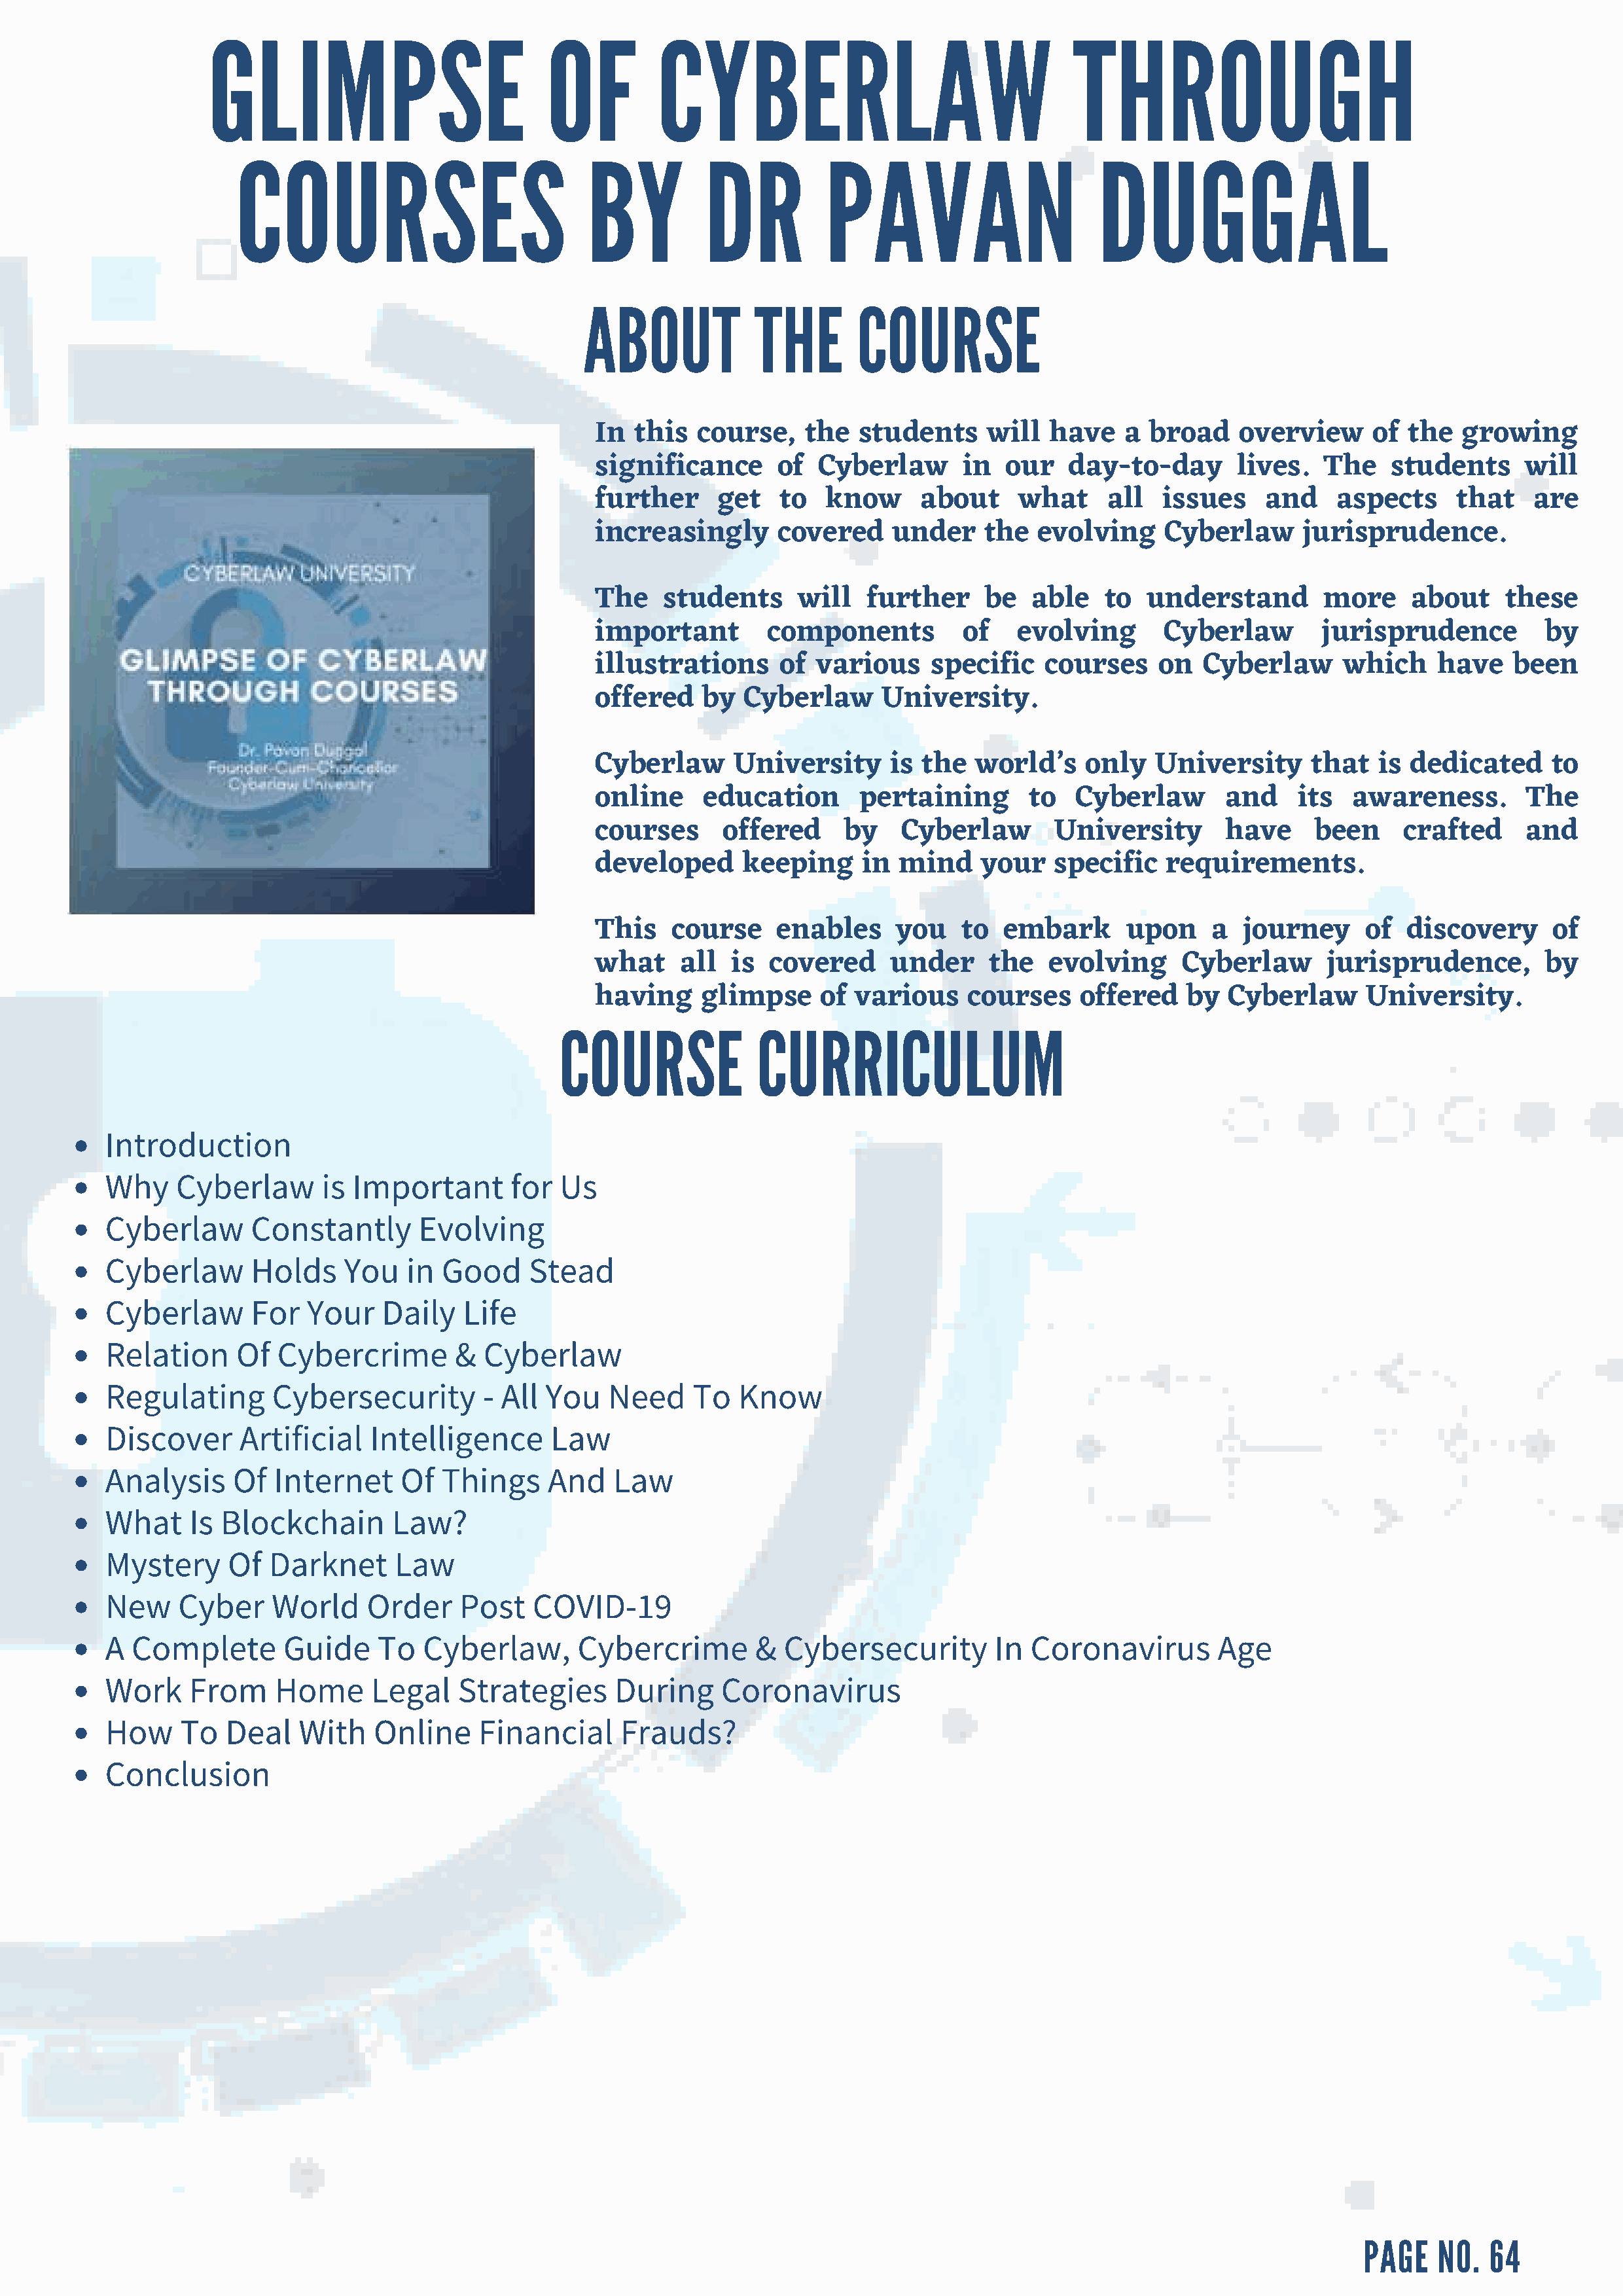
GLIMPSE                           OF         CYBERLAW                                   THROUGH
 COURSES                            BY          DR          PAVAN                       DUGGAL
 ABOUT            THE        COURSE
 In  this  course,    the   students     will  have    a broad    overview      of the   growing
 significance       of  Cyberlaw      in   our   day-to-day       lives.   The    students     will
 further      get   to  know      about     what     all   issues    and    aspects     that    are
 increasingly       covered    under     the  evolving     Cyberlaw      jurisprudence.
 The    students      will   further     be  able    to  understand        more     about    these
 important         components         of    evolving       Cyberlaw        jurisprudence         by
 illustrations      of  various    specific    courses    on   Cyberlaw      which    have    been
 offered    by  Cyberlaw      University.
 Cyberlaw      University      is the   world’s    only   University      that  is  dedicated     to
 online     education       pertaining       to   Cyberlaw       and    its   awareness.       The
 courses      offered     by    Cyberlaw        University       have     been     crafted     and
 developed      keeping     in  mind    your    specific   requirements.
 This    course     enables     you   to  embark       upon     a  journey     of  discovery      of
 what     all  is  covered     under     the   evolving      Cyberlaw      jurisprudence,        by
 having     glimpse     of various     courses    offered    by  Cyberlaw      University.
 COURSE              CURRICULUM
 Introduction
 Why    Cyberlaw       is Important       for  Us
 Cyberlaw      Constantly       Evolving
 Cyberlaw      Holds     You   in  Good    Stead
 Cyberlaw      For   Your    Daily   Life
 Relation     Of  Cybercrime        &  Cyberlaw
 Regulating       Cybersecurity        - All You   Need     To   Know
 Discover     Artificial   Intelligence       Law
 Analysis     Of  Internet     Of  Things    And    Law
 What    Is Blockchain        Law?
 Mystery     Of  Darknet      Law
 New    Cyber    World     Order    Post    COVID-19
 A Complete        Guide    To   Cyberlaw,      Cybercrime        &  Cybersecurity         In Coronavirus        Age
 Work    From     Home      Legal   Strategies      During     Coronavirus
 How    To   Deal   With    Online    Financial      Frauds?
 Conclusion
 PAGE   NO.   64